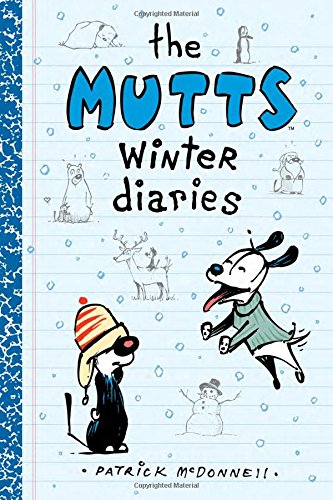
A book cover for The Mutts Winter Diaries; Patrick McDonnell; Children's Books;